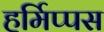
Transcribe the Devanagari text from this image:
हर्मिप्पस